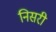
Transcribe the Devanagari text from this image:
निसरी